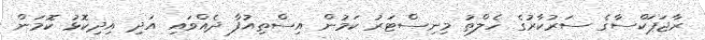
ރާޖަޕަކްސާގެ ސަރުކާރުގެ ހެލްތު މިނިސްޓަރު ކަމުން އިސްތިއުފާ ދެއްވައި އަދި އިދިކޮޅު ކޮމަން